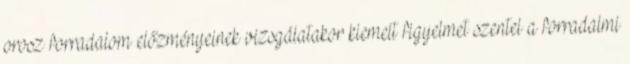
orosz forradalom előzményeinek vizsgálatakor kiemelt figyelmet szentel a forradalmi